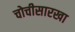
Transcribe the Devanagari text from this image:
चोचीसारखा